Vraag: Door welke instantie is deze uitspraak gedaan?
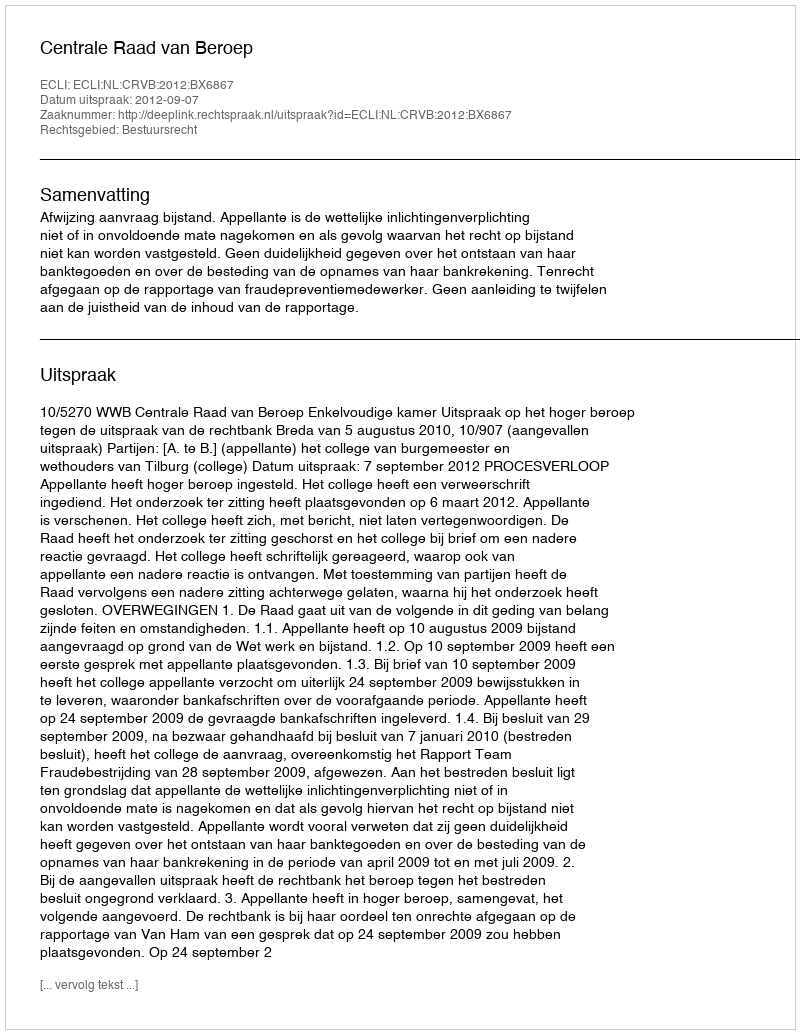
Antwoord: Centrale Raad van Beroep